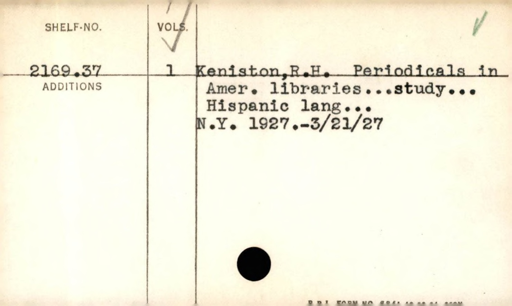
Label: content